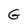
Character: G